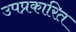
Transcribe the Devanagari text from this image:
उपप्रकारित